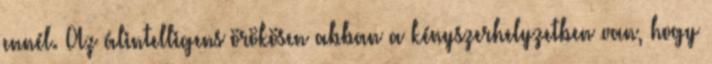
ennél. Az álintelligens örökösen abban a kényszerhelyzetben van, hogy